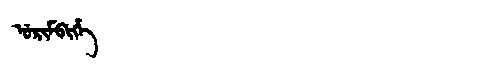
Manchu: ᡠᡵᡳᠮᠪᡳᡥᡝ
Romanization: URIMBIHE